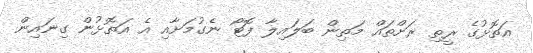
އަތޮޅުގެ ރީތި ރަށްތައް މަތިން ބަލައިލާ ފޮޓޯ ނެގުމަށާއި އެ އަތޮޅުން ގިނައިން